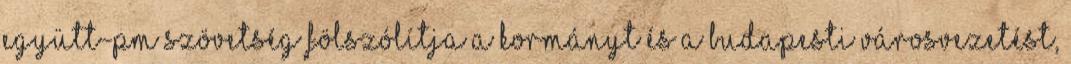
Együtt-PM Szövetség fölszólítja a kormányt és a budapesti városvezetést,